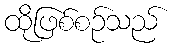
ထိုဖြစ်စဉ်သည်